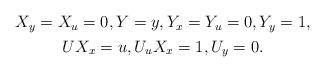
LaTeX: \begin{align*}\begin{gathered}X_y=X_u=0,Y=y,Y_x=Y_u=0,Y_y=1,\\U X_x = u,U_uX_x=1,U_y=0.\end{gathered}\end{align*}